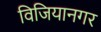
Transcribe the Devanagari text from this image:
विजियानगर